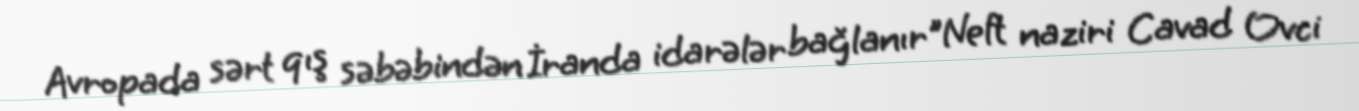
Avropada sərt qış səbəbindən İranda idarələr bağlanır"Neft naziri Cavad Ovci